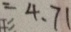
= 4 . 7 1